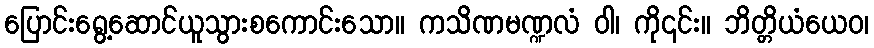
ပြောင်းရွေ့ဆောင်ယူသွားစကောင်းသော။ ကသိဏမဏ္ဍလံ ဝါ၊ ကို၎င်း။ ဘိတ္တိယံယေဝ၊